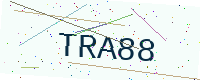
Text: TRA88